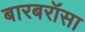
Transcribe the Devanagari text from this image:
बारबरॉसा